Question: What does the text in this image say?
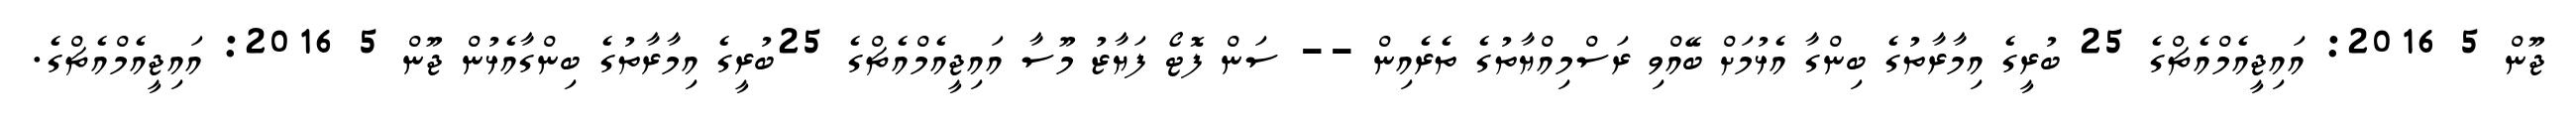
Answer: ޖޫން 5 2016: އައިޖީއެމްއެޗްގެ 25 ބުރީގެ އިމާރާތުގެ ބިންގާ އެޅުމަށް ބޭއްވި ރަސްމިއްޔާތުގެ ތެރެއިން -- ސަން ފޮޓޯ ފަޔާޒު މޫސާ އައިޖީއެމްއެޗްގެ 25ބުރީގެ އިމާރާތުގެ ބިންގާއެޅުން ޖޫން 5 2016: އައިޖީއެމްއެޗްގެ.